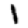
Digit: 1